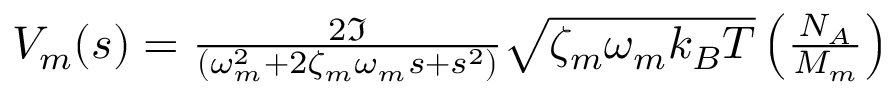
\begin{array} { r } { V _ { m } ( s ) = \frac { 2 \Im } { ( \omega _ { m } ^ { 2 } + 2 \zeta _ { m } \omega _ { m } s + s ^ { 2 } ) } \sqrt { \zeta _ { m } \omega _ { m } k _ { B } T } \left( \frac { N _ { A } } { M _ { m } } \right) } \end{array}